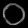
Digit: ၀